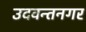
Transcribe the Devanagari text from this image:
उदवन्तनगर